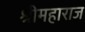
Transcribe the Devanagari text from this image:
श्रीमहाराज